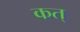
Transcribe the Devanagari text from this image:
कत्